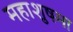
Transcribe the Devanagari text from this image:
महाशुषमा